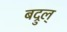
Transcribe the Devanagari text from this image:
बद्रुल्